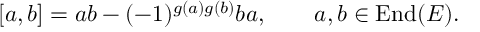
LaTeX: [ a , b ] = a b - ( - 1 ) ^ { g ( a ) g ( b ) } b a , \qquad a , b \in \mathrm { E n d } ( E ) .